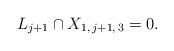
LaTeX: \begin{align*} L_{j+1} \cap X_{1, \, j+1, \, 3} = 0.\end{align*}